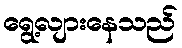
ရွေ့လျားနေသည်